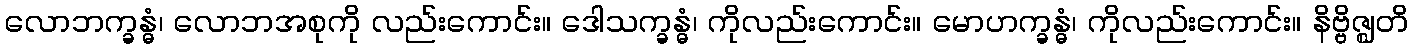
လောဘက္ခန္ဓံ၊ လောဘအစုကို လည်းကောင်း။ ဒေါသက္ခန္ဓံ၊ ကိုလည်းကောင်း။ မောဟက္ခန္ဓံ၊ ကိုလည်းကောင်း။ နိဗ္ဗိဇ္ဈတိ